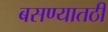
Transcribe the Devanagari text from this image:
बसण्यातठी